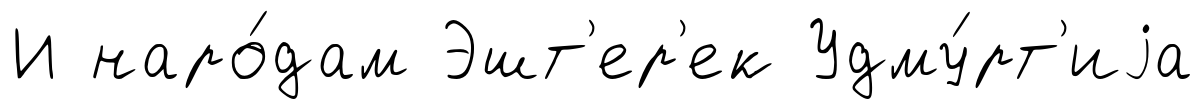
И наро́дам Эшт'ер'ек Удму́рт'иjа